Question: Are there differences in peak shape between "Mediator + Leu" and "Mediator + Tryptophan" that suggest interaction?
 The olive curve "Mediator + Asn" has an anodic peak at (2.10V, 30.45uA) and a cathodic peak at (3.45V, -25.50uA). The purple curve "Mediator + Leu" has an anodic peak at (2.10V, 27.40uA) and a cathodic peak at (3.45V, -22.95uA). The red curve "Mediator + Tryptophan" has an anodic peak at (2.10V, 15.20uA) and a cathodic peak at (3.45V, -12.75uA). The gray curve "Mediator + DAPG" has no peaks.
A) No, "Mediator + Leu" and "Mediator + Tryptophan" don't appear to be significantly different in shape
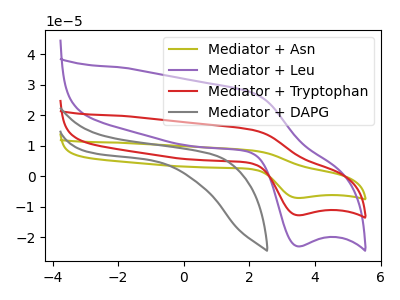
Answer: <think>All the peaks in "Mediator + Leu" have a peak in "Mediator + Tryptophan" at the same potential. Every peak in "Mediator + Leu" is higher than every peak in "Mediator + Tryptophan".
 </think>
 <answer>A) No, "Mediator + Leu" and "Mediator + Tryptophan" don't appear to be significantly different in shape</answer>
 <eval>A</eval>